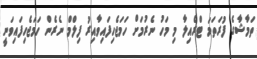
ތަމާޝާގެ ފުރަތަމަ ޓްރެއިލާ މި މަހު ނެރުމަށް ހަމަޖެހިފައިވާއިރު ފިލްމް ނެރެން ހަމަޖެހިފައިވަނީ